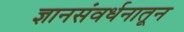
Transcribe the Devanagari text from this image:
ज्ञानसंवर्धनातून